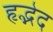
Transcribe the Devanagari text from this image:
हृद्भेद